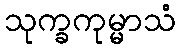
သုက္ခကုမ္မာသံ